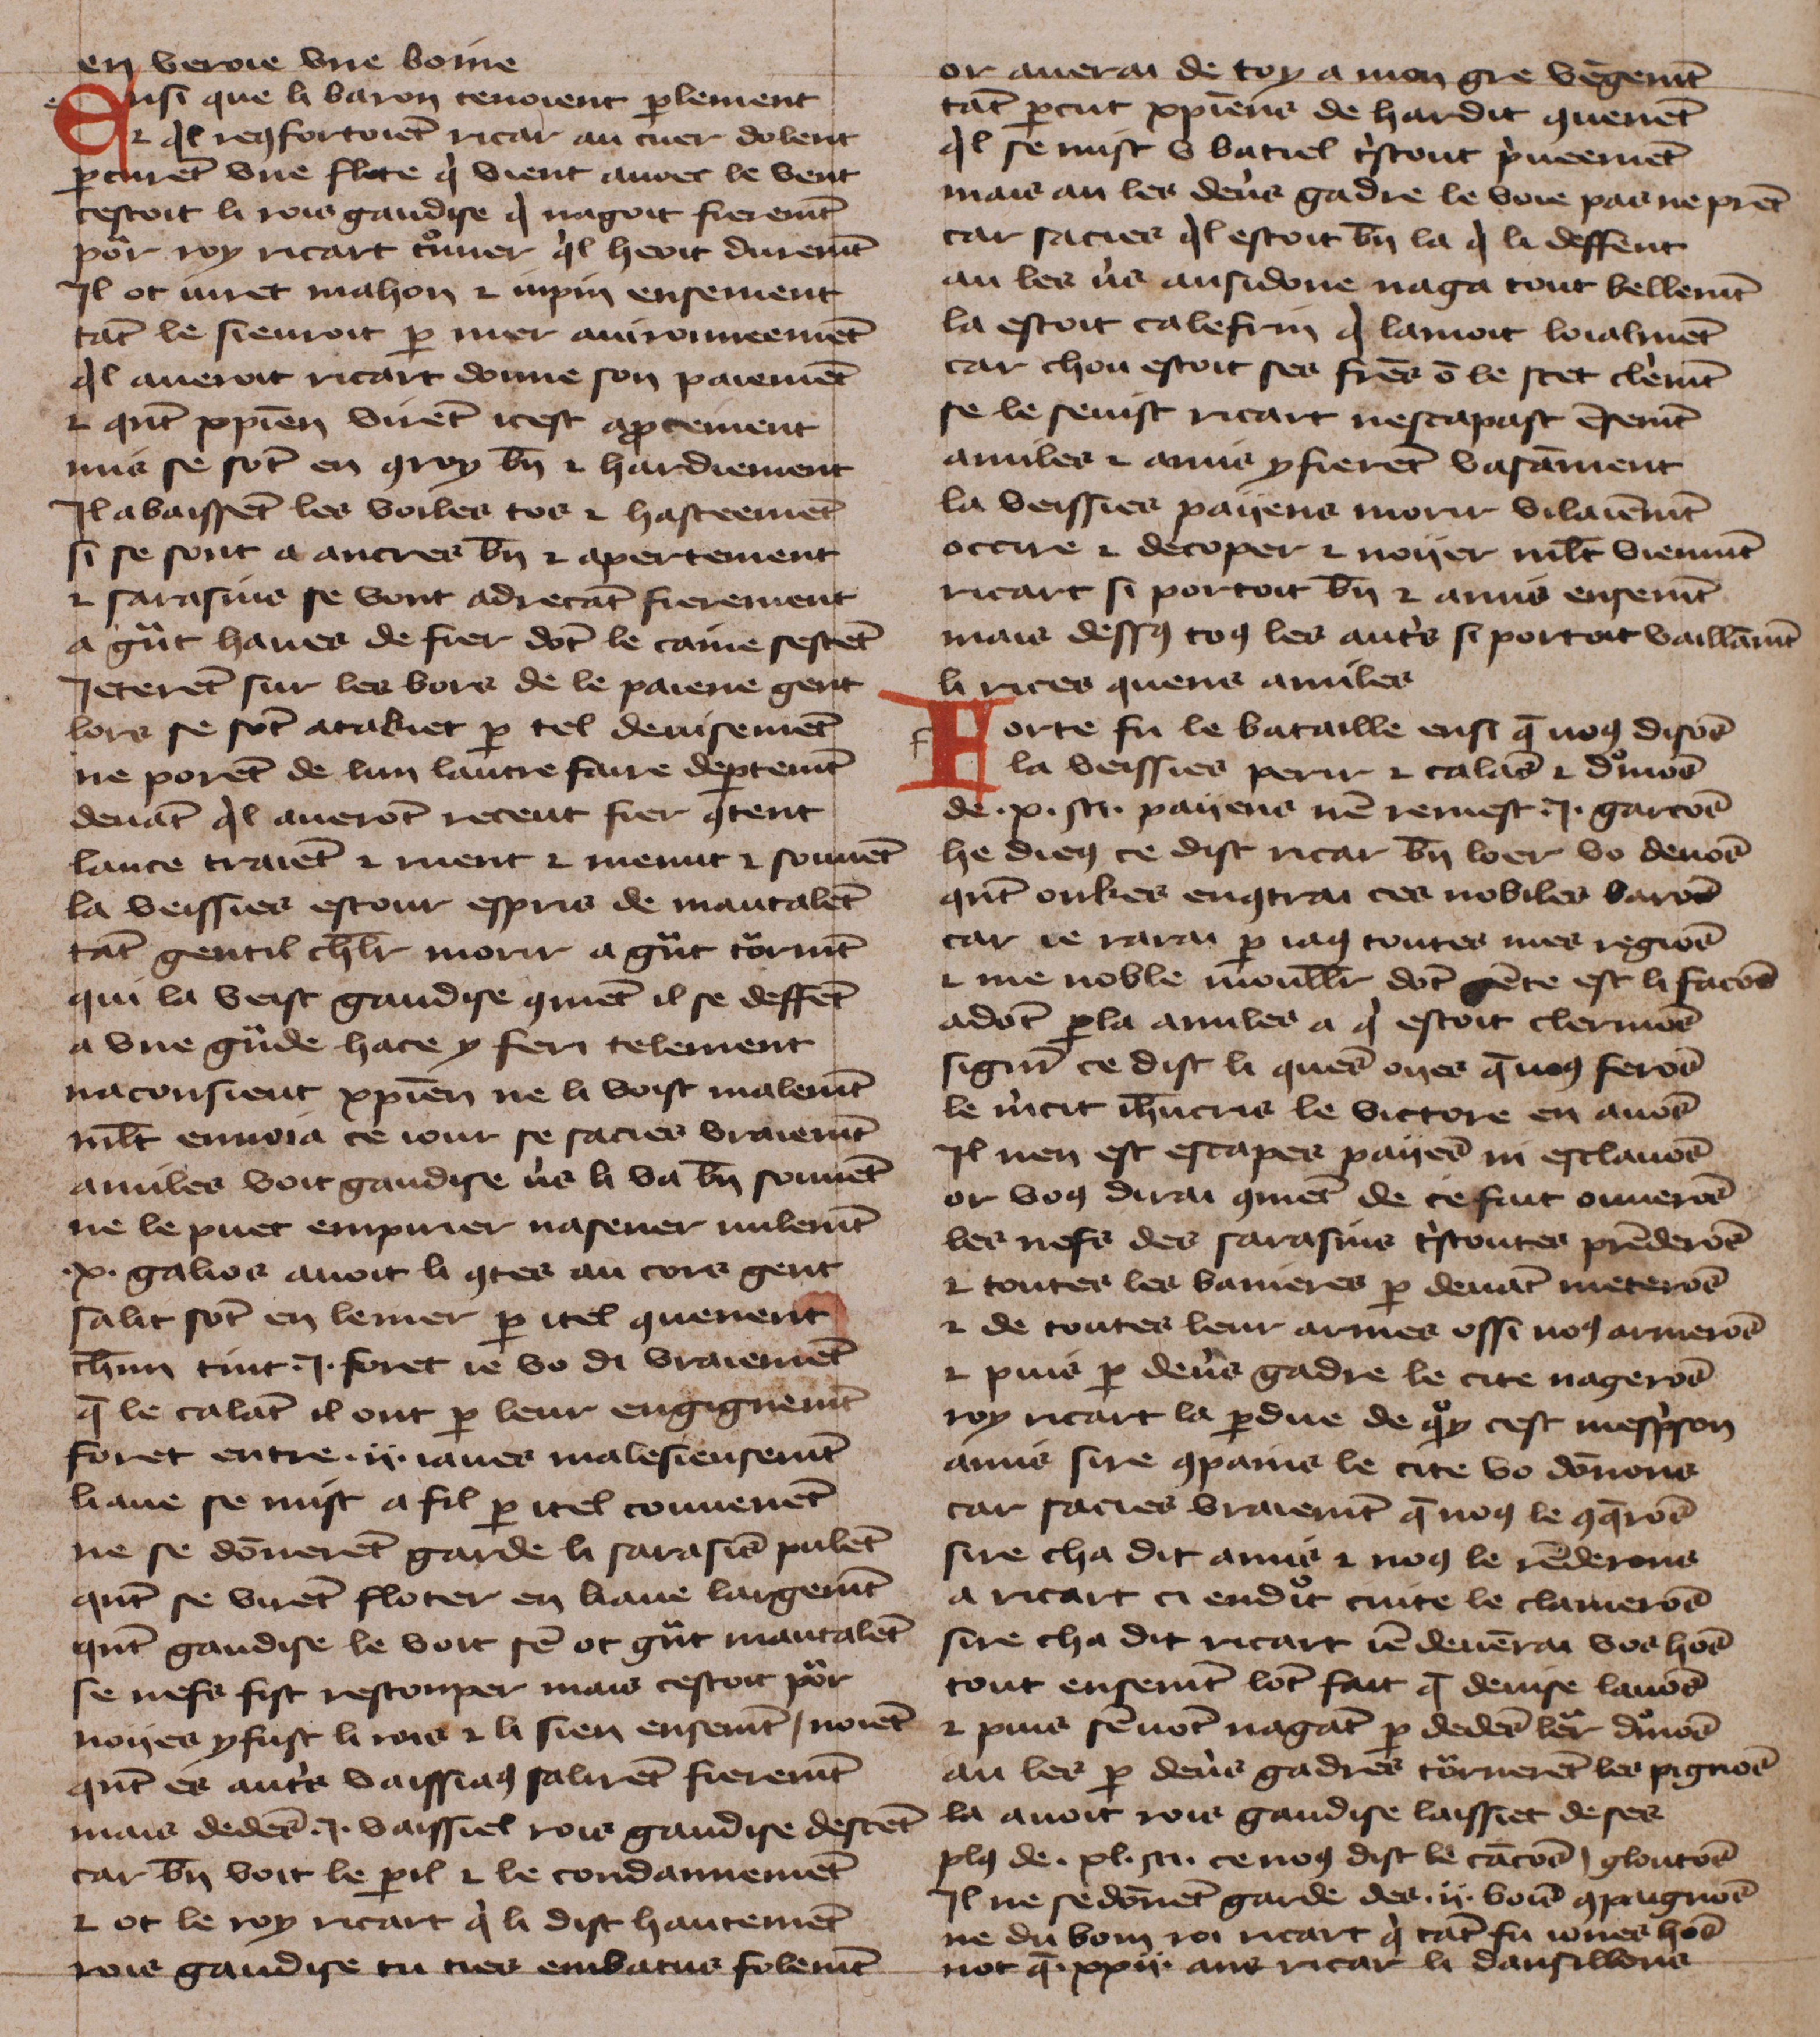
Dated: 1425–1425